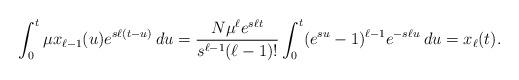
LaTeX: \begin{align*}\int_0^t \mu x_{\ell - 1}(u)e^{s \ell (t - u)} \: du = \frac{N \mu^{\ell} e^{s \ell t}}{s^{\ell - 1} (\ell - 1)!} \int_0^t (e^{su} - 1)^{\ell - 1} e^{- s \ell u} \: du = x_{\ell}(t).\end{align*}